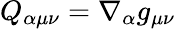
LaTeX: Q_{\alpha\mu\nu}=\nabla_{\alpha}g_{\mu\nu}